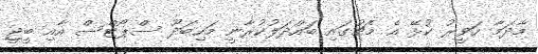
މާދަމާ ހަވީރު ކުޅޭ އެ މެޗުގައި ބައްދަލުކުރާނީ މަހިބަދޫ ސްޕޯޓްސް އާއި ބީޖީ